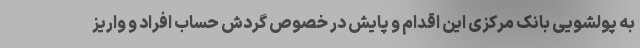
به پولشویی بانک مرکزی این اقدام و پایش در خصوص گردش حساب افراد و واریز